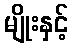
မျိုးနှင့်